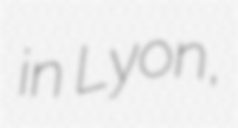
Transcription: in Lyon,